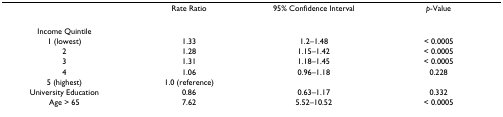
|  | Rate Ratio | 95% Confidence Interval | p-Value |
 | --- | --- | --- | --- |
 | Income Quintile |  |  |  |
 | 1 (lowest) | 1.33 | 1.2–1.48 | < 0.0005 |
 | 2 | 1.28 | 1.15–1.42 | < 0.0005 |
 | 3 | 1.31 | 1.18–1.45 | < 0.0005 |
 | 4 | 1.06 | 0.96–1.18 | 0.228 |
 | 5 (highest) | 1.0 (reference) |  |  |
 | University Education | 0.86 | 0.63–1.17 | 0.332 |
 | Age > 65 | 7.62 | 5.52–10.52 | < 0.0005 |